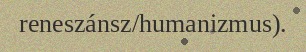
reneszánsz/humanizmus).